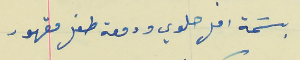
بسَمة امل حلوي ودمعة طفل مقهور